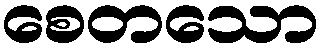
စေတသော